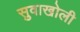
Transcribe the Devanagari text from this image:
सुवाखोली